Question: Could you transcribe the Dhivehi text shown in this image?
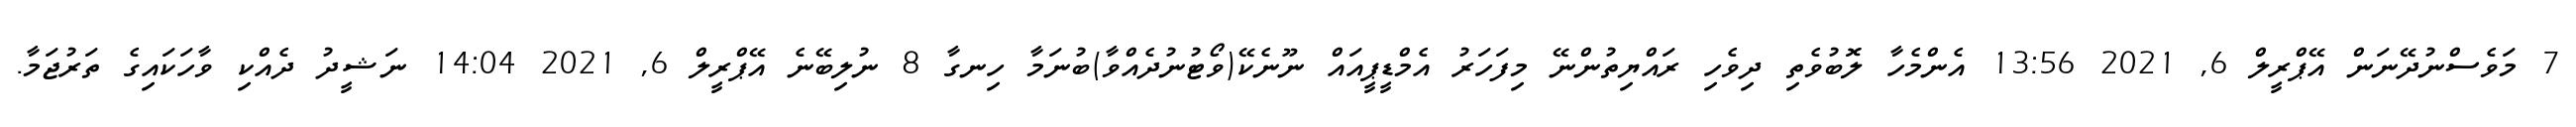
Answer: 7 މަވެސްނުދޭނަން އޭޕްރީލް 6, 2021 13:56 އެންމެހާ ލޮބުވެތި ދިވެހި ރައްޔިތުންނޭ މިފަހަރު އެމްޑީޕީއައް ނޫނެކޭ(ވޯޓުނުދެއްވާ)ބުނަމާ ހިނގާ 8 ނުލިބޭނެ އޭޕްރީލް 6, 2021 14:04 ނަޝީދު ދެއްކި ވާހަކައިގެ ތަރުޖަމާ.